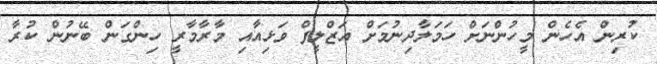
ކުރިން އެހެން މީހުންނަށް ހަމަލާދިނުމަށް އަޒްލީފް ވަޅިއާއި މާރާމާރީ ހިންގަން ބޭނުން ކުރާ